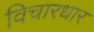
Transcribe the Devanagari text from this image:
विचारधार